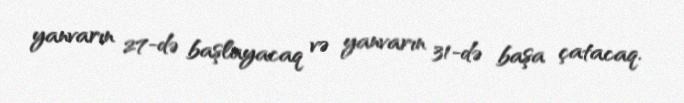
yanvarın 27-də başlayacaq və yanvarın 31-də başa çatacaq.